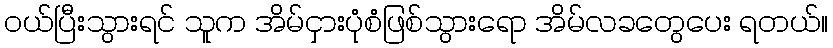
ဝယ်ပြီးသွားရင် သူက အိမ်ငှားပုံစံဖြစ်သွားရော အိမ်လခတွေပေး ရတယ်။